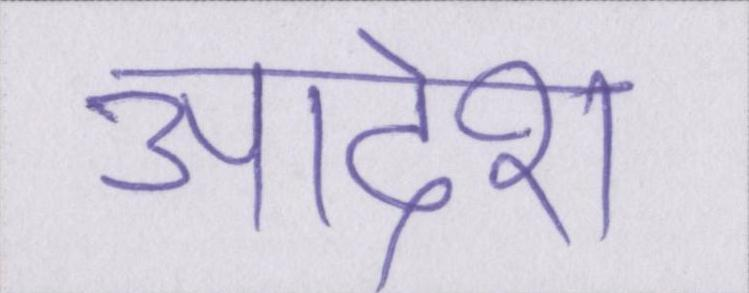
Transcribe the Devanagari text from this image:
आदेश